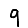
Digit: 9